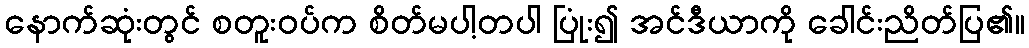
နောက်ဆုံးတွင် စတူးဝပ်က စိတ်မပါ့တပါ ပြုံး၍ အင်ဒီယာကို ခေါင်းညိတ်ပြ၏။